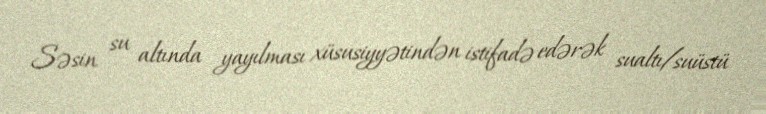
Səsin su altında yayılması xüsusiyyətindən istifadə edərək sualtı/suüstü